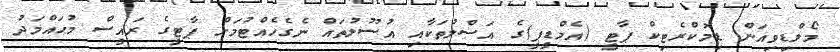
މޯލްޑިވިއަން ޑިމޮކްރެޓިކް ޕާޓީ (އެމްޑީޕީ)ގެ އަސްލުތަކާއި އުސޫލުތައް ނެގެހެއްޓުމަށް ޕާޓީގެ ރައީސް މުޙައްމަދު